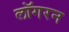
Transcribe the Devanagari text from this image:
लॉगरन